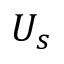
U _ { s }